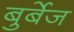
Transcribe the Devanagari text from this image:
बुर्बेज